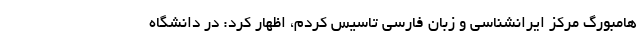
هامبورگ مرکز ایرانشناسی و زبان فارسی تاسیس کردم، اظهار کرد: در دانشگاه